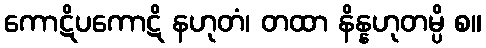
ကောဋိပကောဋိ နဟုတံ၊ တထာ နိန္နဟုတမ္ပိ စ။